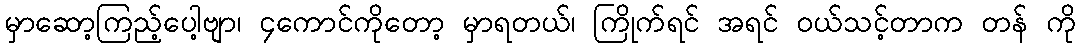
မှာဆော့ကြည့်ပေါ့ဗျာ၊ ၄ကောင်ကိုတော့ မှာရတယ်၊ ကြိုက်ရင် အရင် ဝယ်သင့်တာက တန် ကို